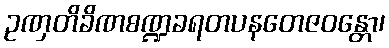
ဥဏှတိခိဏစဏ္ဍခရတပနတေဇဝန္တော၊